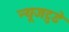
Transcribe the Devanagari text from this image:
न्यूजटुडे